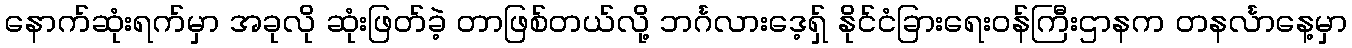
နောက်ဆုံးရက်မှာ အခုလို ဆုံးဖြတ်ခဲ့ တာဖြစ်တယ်လို့ ဘင်္ဂလားဒေ့ရ်ှ နိုင်ငံခြားရေးဝန်ကြီးဌာနက တနင်္လာနေ့မှာ